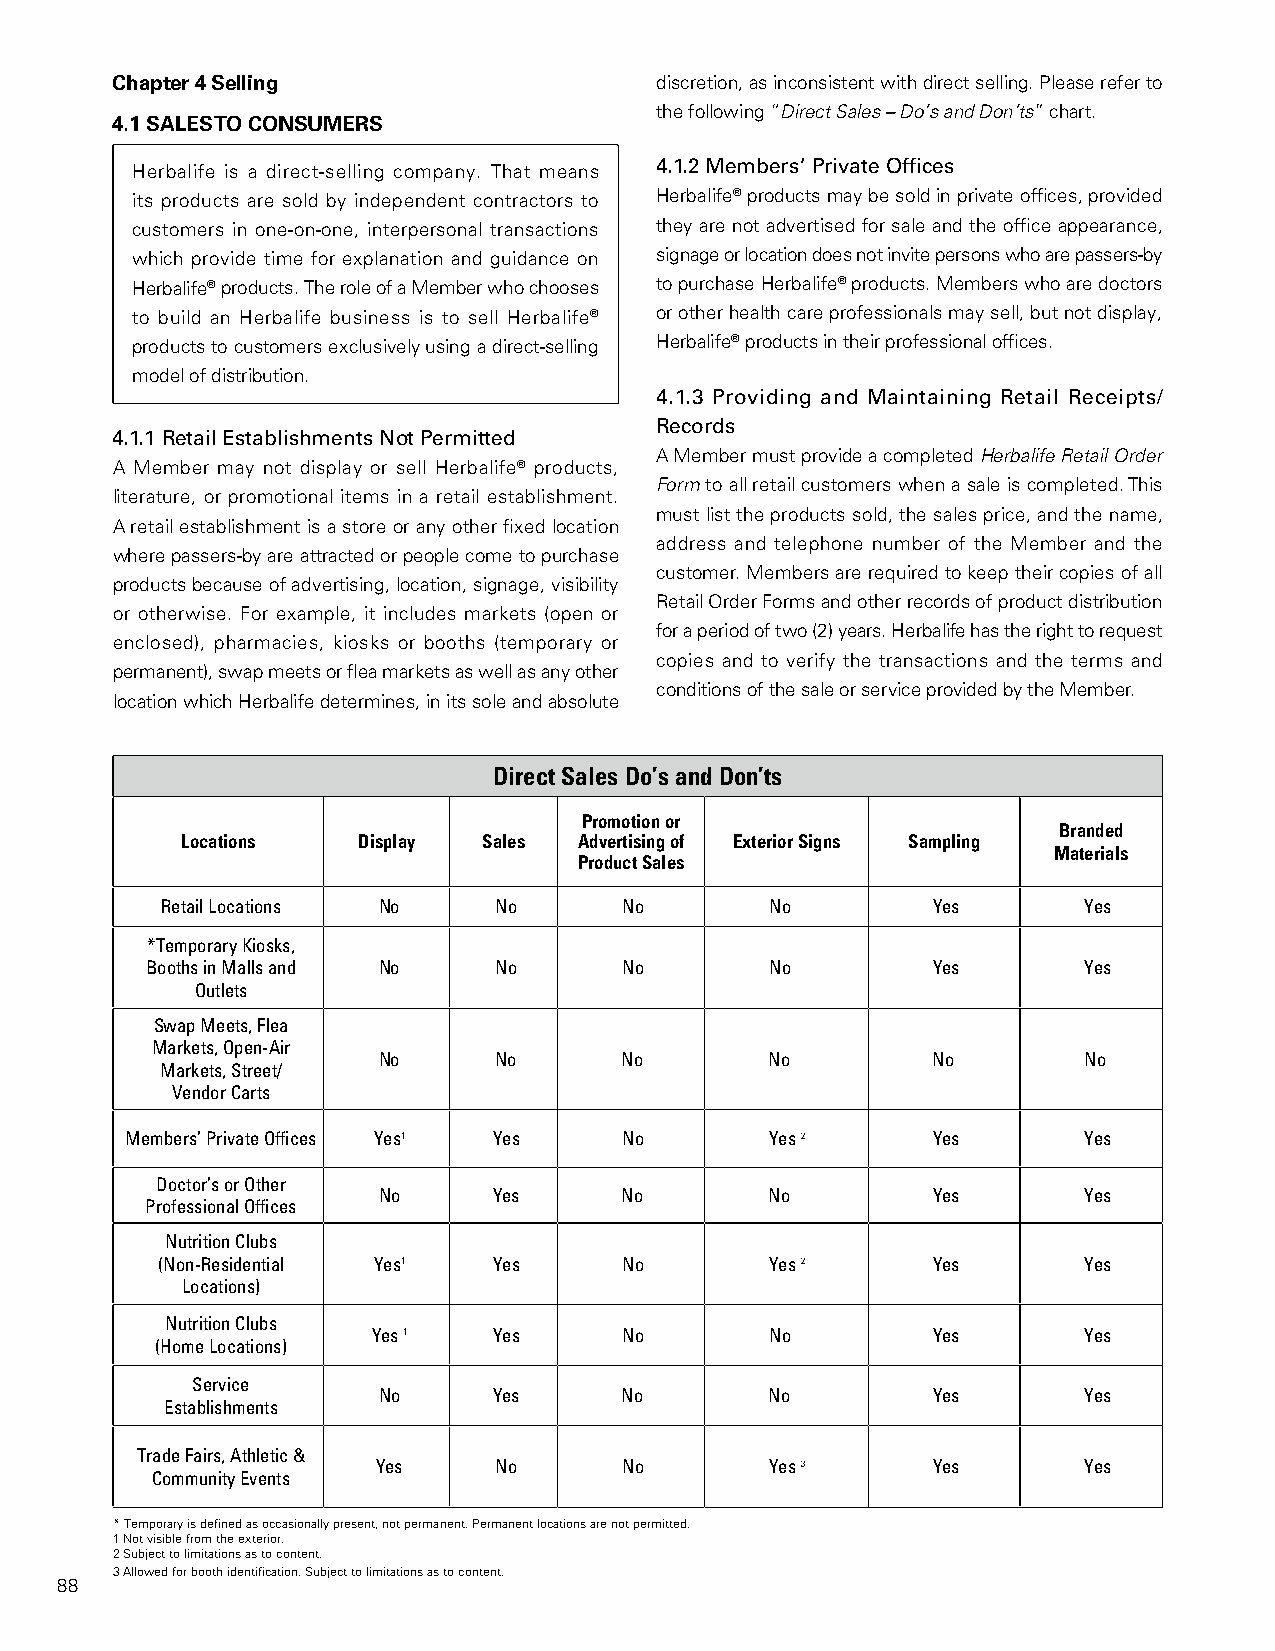
Chapter 4 Selling                   discretion, as inconsistent with direct selling. Please refer to
 the following “Direct Sales – Do’s and Don’ts” chart.
 4.1 SALES TO CONSUMERS
 Herbalife is a direct-selling company. That means 4.1.2 Members’ Private Offices
 its products are sold by independent contractors to Herbalife® products may be sold in private offices, provided
 customers in one-on-one, interpersonal transactions they are not advertised for sale and the office appearance,
 which provide time for explanation and guidance on signage or location does not invite persons who are passers-by
 Herbalife® products. The role of a Member who chooses to purchase Herbalife® products. Members who are doctors
 to build an Herbalife business is to sell Herbalife® or other health care professionals may sell, but not display,
 products to customers exclusively using a direct-selling Herbalife® products in their professional offices.
 model of distribution.
 4.1.3 Providing and Maintaining Retail Receipts/
 Records
 4.1.1 Retail Establishments Not Permitted
 A Member must provide a completed Herbalife Retail Order
 A Member may not display or sell Herbalife® products,
 Form to all retail customers when a sale is completed. This
 literature, or promotional items in a retail establishment.
 must list the products sold, the sales price, and the name,
 A retail establishment is a store or any other fixed location
 address and telephone number of the Member and the
 where passers-by are attracted or people come to purchase
 customer. Members are required to keep their copies of all
 products because of advertising, location, signage, visibility
 Retail Order Forms and other records of product distribution
 or otherwise. For example, it includes markets (open or
 for a period of two (2) years. Herbalife has the right to request
 enclosed), pharmacies, kiosks or booths (temporary or
 copies and to verify the transactions and the terms and
 permanent), swap meets or flea markets as well as any other
 conditions of the sale or service provided by the Member.
 location which Herbalife determines, in its sole and absolute
 Direct Sales Do’s and Don’ts
 Promotion or
 Branded
 Locations   Display Sales Advertising of Exterior Signs Sampling
 Materials
 Product Sales
 Retail Locations No   No      No        No         Yes       Yes
 *Temporary Kiosks,
 Booths in Malls and No No      No        No         Yes       Yes
 Outlets
 Swap Meets, Flea
 Markets, Open-Air
 No      No      No        No         No        No
 Markets, Street/
 Vendor Carts
 Members’ Private Offices Yes1 Yes No       Yes 2      Yes       Yes
 Doctor’s or Other
 No      Yes     No        No         Yes       Yes
 Professional Offices
 Nutrition Clubs
 (Non-Residential Yes1  Yes     No        Yes 2      Yes       Yes
 Locations)
 Nutrition Clubs
 Yes 1   Yes     No        No         Yes       Yes
 (Home Locations)
 Service
 No      Yes     No        No         Yes       Yes
 Establishments
 Trade Fairs, Athletic &
 Yes     No      No        Yes 3      Yes       Yes
 Community Events
 * Temporary is defined as occasionally present, not permanent. Permanent locations are not permitted.
 1 Not visible from the exterior.
 2 Subject to limitations as to content.
 3 Allowed for booth identification. Subject to limitations as to content.
 88